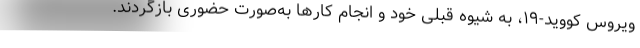
ویروس کووید-۱۹، به شیوه قبلی خود و انجام کارها به‌صورت حضوری بازگردند.